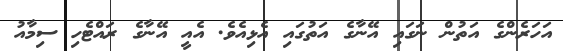
އަހަރެންގެ އަތުން ނަގައި އޭނާގެ އަތުގައި އެޅިއެވެ. އެއީ އޭނާގެ ރައްޓެހި ސިމާއު